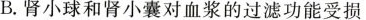
B.肾小球和肾小囊对血浆的过滤功能受损